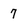
Character: 7